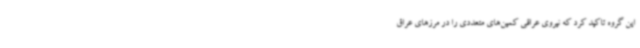
این گروه تاکید کرد که نیروی عراقی کمین‌های متعددی را در مرزهای عراق